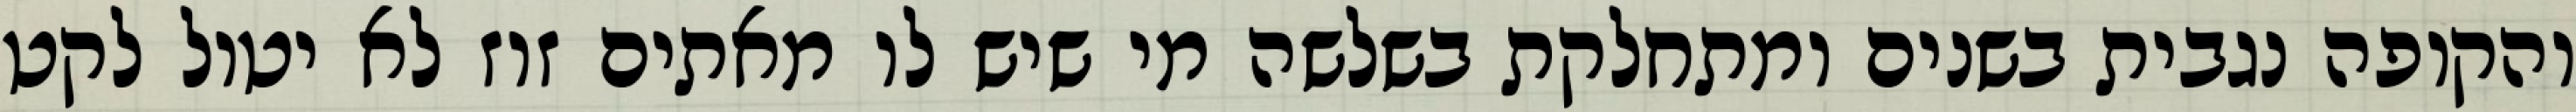
והקופה נגבית בשנים ומתחלקת בשלשה מי שיש לו מאתים זוז לא יטול לקט